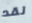
لقد